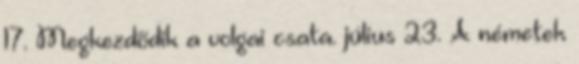
17. Megkezdõdik a volgai csata. július 23. A németek